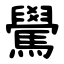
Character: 䮸